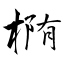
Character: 椭